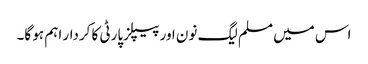
اس میں مسلم لیگ نون اور پیپلزپارٹی کا کردار اہم ہو گا۔